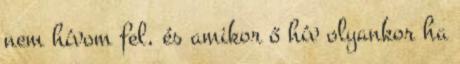
nem hívom fel, és amikor ő hív olyankor ha